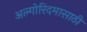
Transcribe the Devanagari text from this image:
अल्गोरिदमासाठी